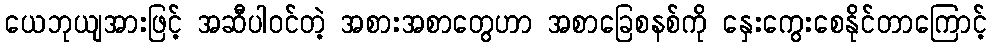
ယေဘုယျအားဖြင့် အဆီပါဝင်တဲ့ အစားအစာတွေဟာ အစာခြေစနစ်ကို နှေးကွေးစေနိုင်တာကြောင့်